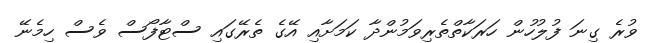
ވުރެ ގިނަ ފުލުހުން ހަރަކާތްތެރިވަމުންދާ ކަމަށާއި އޭގެ ތެރޭގައި ސްޓާފޯސް ވެސް ހިމެނޭ